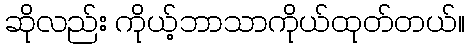
ဆိုလည်း ကိုယ့်ဘာသာကိုယ်ထုတ်တယ်။